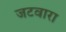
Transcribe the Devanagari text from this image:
जटवारा